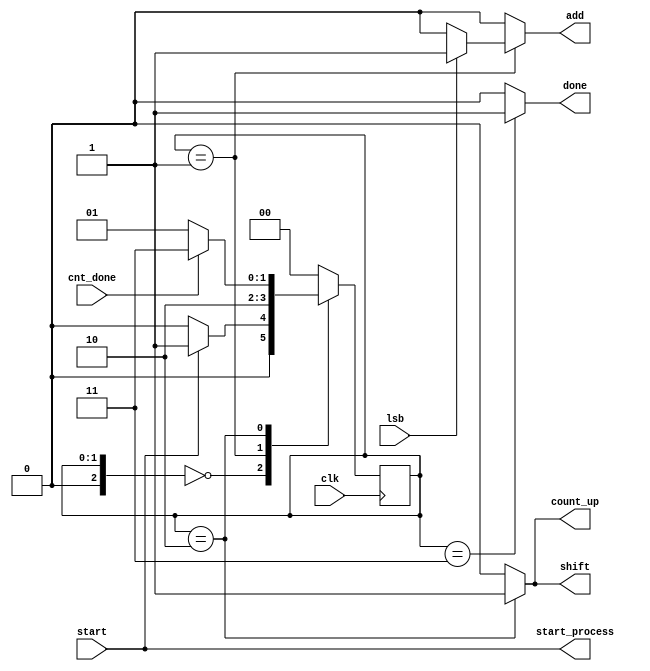
module _3bit_binary_multiplier_control_unit
(
    input start,
    input clk,
    input cnt_done,
    input lsb,
    output start_process,
    output reg add,
    output reg shift,
    output reg count_up,
    output reg done
    // ,output state   
);

    reg [2:0] state, nextState;
    parameter off = 0, on = 1, process = 2, finish = 3;
    
    assign start_process = start;
    
    initial begin
        state = off;
    end
    
    // update state
    always @(posedge clk) begin
        state <= nextState;
    end
    
    //compute mealy output and state
    always @(start or lsb or cnt_done or state) begin
        add = 0;
        case (state)
            off: begin
                if (start) nextState = on;
                else nextState = off;
            end
            on: begin
                if (lsb) begin
                    nextState = process;
                    add = 1;
                end
                else begin
                    nextState = process;
                end
            end
            process: begin
                if (cnt_done) nextState = finish;
                else nextState = on;
            end
            finish: begin
                nextState = off;
            end
            default: begin
                nextState = off;
            end
        endcase
    end
    
    // compute Moore output
    always @(state) begin
        shift = 0;
        count_up = 0;
        done = 0;
        case (state)
            process: begin
                shift = 1;
                count_up = 1;
            end
            finish: begin
                done = 1;
            end
            default: begin
                shift = 0;
                count_up = 0;
                done = 0;
            end
        endcase
    end
endmodule